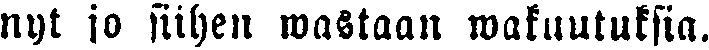
nyt jo siihen wastaan wakuutuksia.